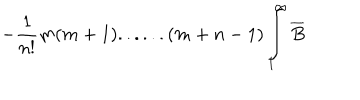
LaTeX: - \frac { 1 } { n ! } m ( m + 1 ) . . . . . . ( m + n - 1 ) \int _ { 1 } ^ { \infty } \overline { { { B } } }